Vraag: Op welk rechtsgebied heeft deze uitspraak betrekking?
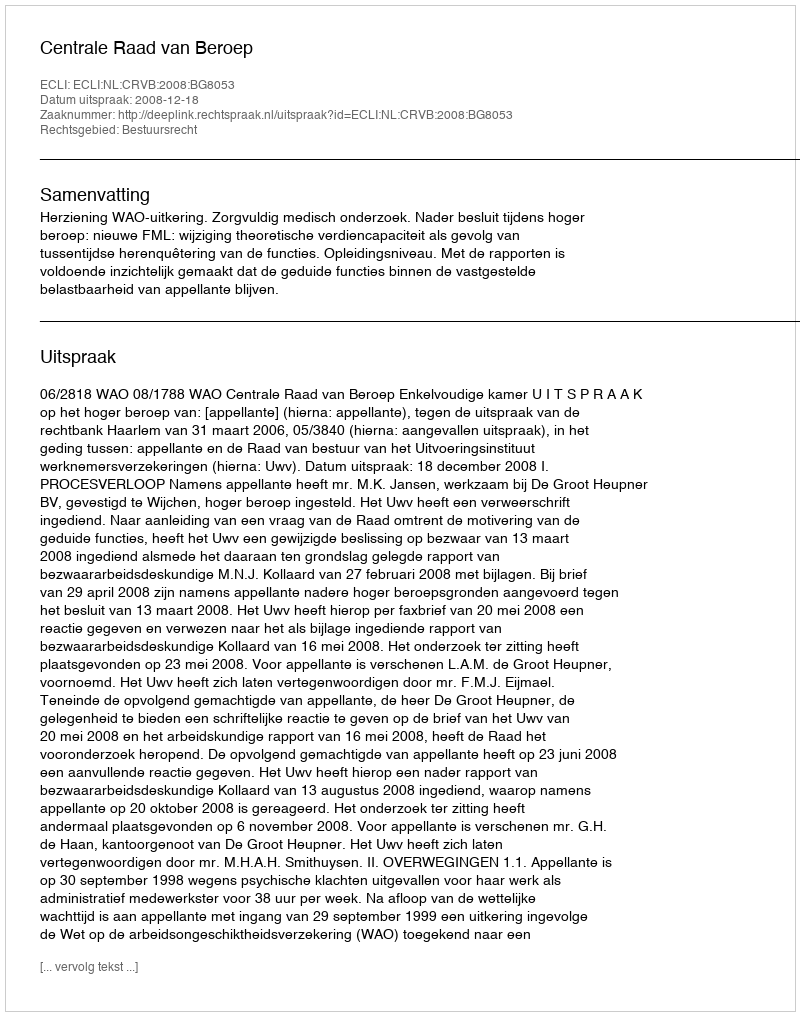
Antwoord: Bestuursrecht